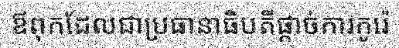
ឪពុកដែលជាប្រធានាធិបតីផ្តាច់ការកូរ៉េ